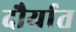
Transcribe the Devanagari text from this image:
दौर्यात